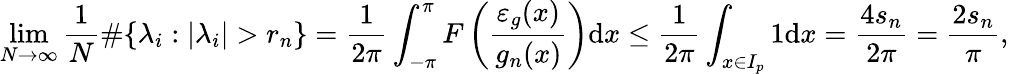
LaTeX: \operatorname*{lim}_{N\rightarrow\infty}\frac{1}{N}\# \lbrace\lambda_{i}:\vert\lambda_{i}\vert>r_{n}\rbrace=\frac{1}{2\pi}\int_{-\pi}^{\pi}F\left(\frac{\varepsilon_{g}(x)}{g_{n}(x)}\right)\mathrm{d}x\leq\frac{1}{2\pi}\int_{x\in I_{p}}1\mathrm{d}x=\frac{4s_{n}}{2\pi}=\frac{2s_{n}}{\pi},